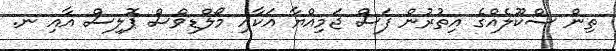
ތިން ސްކޫލެއްގެ އިތުރުން ފަސް ޖަމިއްޔާ އަކާއި މޯލްޑިވްސް ޕޮލިސް އާއި ނ.